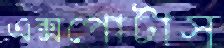
এক্সপোর্টাস